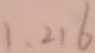
1 , 2 1 6